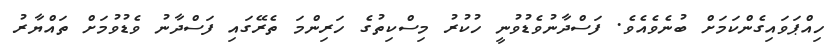
ހިއްޕަވައިގެންކަމަށް ބުނެވެއެވެ. ފަސްދާނުވެޑުވުނީ ހުކުރު މިސްކިތުގެ ހަރިންމަ ތެރޭގައި ފަސްދާނު ވެޑުވުމަށް ތައްޔާރު